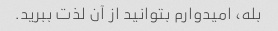
بله، امیدوارم بتوانید از آن لذت ببرید.